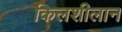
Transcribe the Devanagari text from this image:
किलशीलान